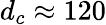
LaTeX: d_{c}\approx 120